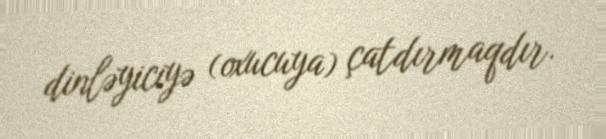
dinləyiciyə (oxucuya) çatdırmaqdır.